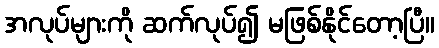
အလုပ်များကို ဆက်လုပ်၍ မဖြစ်နိုင်တော့ပြီ။